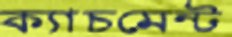
ক্যাচমেন্ট